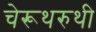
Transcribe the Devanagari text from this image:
चेरूथरुथी